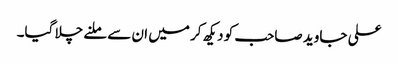
علی جاوید صاحب کو دیکھ کر میں ان سے ملنے چلا گیا۔